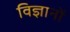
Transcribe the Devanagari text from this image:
विज्ञानों